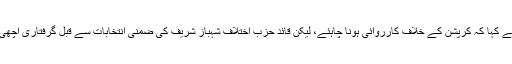
مراد علی شاہ نے کہا کہ کرپشن کے خلاف کارروائی ہونا چاہئے، لیکن قائد حزب اختلاف شہباز شریف کی ضمنی انتخابات سے قبل گرفتاری اچھی بات نہیں ہے۔